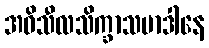
အဓိသီလသိက္ခာသမာဒါနေ